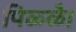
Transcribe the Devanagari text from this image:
पिळ्ळै।